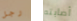
رجل أصابته